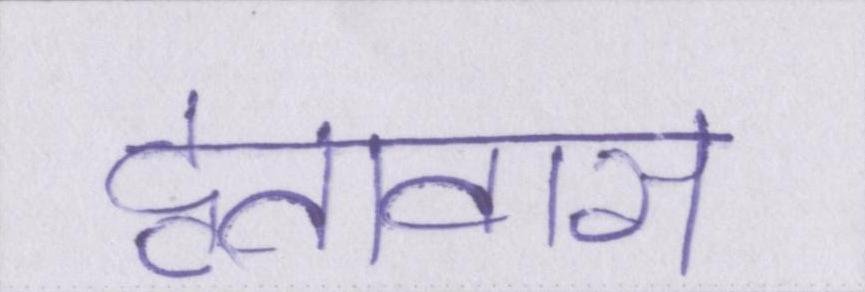
दूतावास